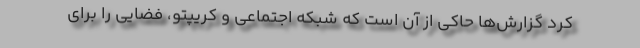
کرد گزارش‌ها حاکی از آن است که شبکه اجتماعی و کریپتو، فضایی را برای